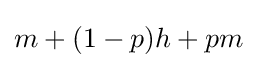
m+(1-p)h+pm